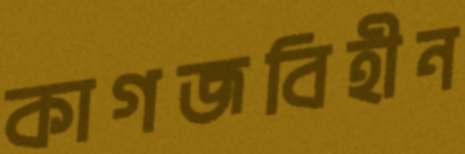
কাগজবিহীন